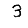
Digit: 3